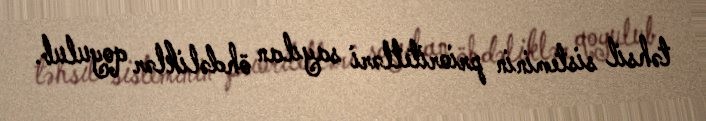
təhsil sisteminin prioritetləri sayılan öhdəliklər qoyulub.